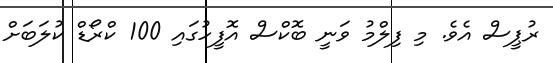
ރުޕީސް އެވެ. މި ފިލްމު ވަނީ ބޮކްސް އޮފީހުގައި 100 ކްރޯޑް ކުލަބަށް